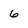
Character: 6